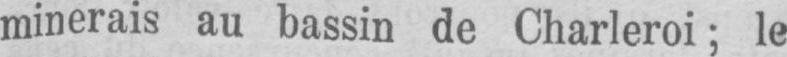
minerais au bassin de Charleroi; le